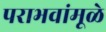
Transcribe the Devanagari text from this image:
पराभवांमूळे